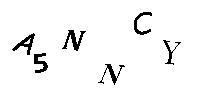
A5NNCY